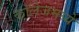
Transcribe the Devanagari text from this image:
कॉलेजमध्‍ये